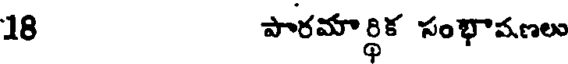
18 పారమార్థిక సంభాషణలు